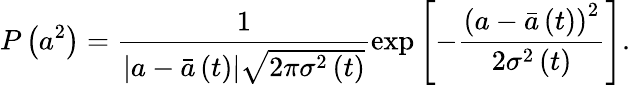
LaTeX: P\left(a^{2}\right)=\frac{1}{\left|a-\bar{a}\left(t\right)\right|\sqrt{2\pi\sigma^{2}\left(t\right)}}\exp\left[-\frac{\left(a-\bar{a}\left(t\right)\right)^{2}}{2\sigma^{2}\left(t\right)}\right].